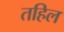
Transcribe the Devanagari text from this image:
तहिल